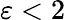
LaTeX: \varepsilon<2